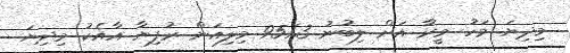
މިދިޔަ މަހު މީރާ އަށް ލިބުނު 951.3 މިލިއަން ރުފިޔާ އާއެކު މިދިޔަ